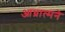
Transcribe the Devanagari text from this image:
आघ्रात्मने